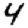
Digit: 4